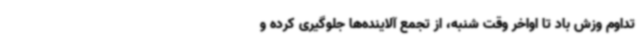
تداوم وزش باد تا اواخر وقت شنبه، از تجمع آلاینده‌ها جلوگیری کرده و